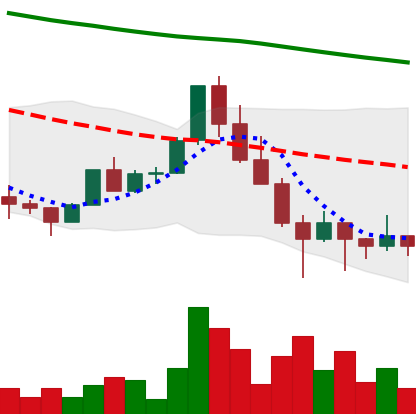
Ticker: ADA-USD
Chart end date: 2022-01-27
Forward return: 4.321%
Label: up_3_5